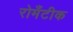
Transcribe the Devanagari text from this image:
रोमँटीक